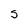
Character: S